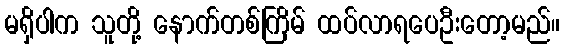
မရှိပါက သူတို့ နောက်တစ်ကြိမ် ထပ်လာရပေဦးတော့မည်။